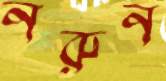
নরুন